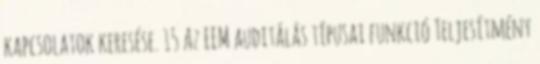
kapcsolatok keresése. 15 Az EEM auditálás típusai funkció Teljesítmény